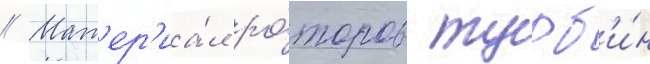
// Мат'ер'иа́л ро́торов турб'и́н